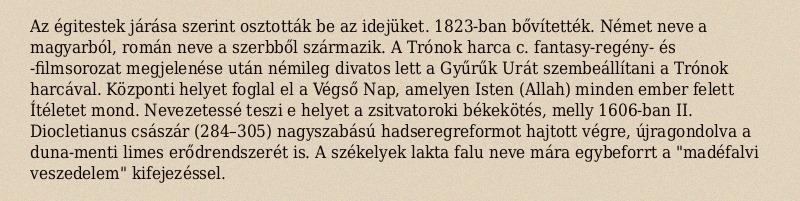
Az égitestek járása szerint osztották be az idejüket. 1823-ban bővítették. Német neve a magyarból, román neve a szerbből származik. A Trónok harca c. fantasy-regény- és -filmsorozat megjelenése után némileg divatos lett a Gyűrűk Urát szembeállítani a Trónok harcával. Központi helyet foglal el a Végső Nap, amelyen Isten (Allah) minden ember felett Ítéletet mond. Nevezetessé teszi e helyet a zsitvatoroki békekötés, melly 1606-ban II. Diocletianus császár (284–305) nagyszabású hadseregreformot hajtott végre, újragondolva a duna-menti limes erődrendszerét is. A székelyek lakta falu neve mára egybeforrt a "madéfalvi veszedelem" kifejezéssel.